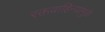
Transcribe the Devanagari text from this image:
रक्तवाहिन्यांमुळे